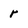
Character: r